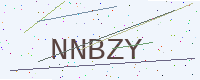
Text: NNBZY